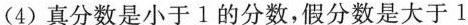
(4)真分数是小于1的分数，假分数是大于1